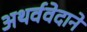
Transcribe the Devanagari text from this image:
अथर्ववेदाने